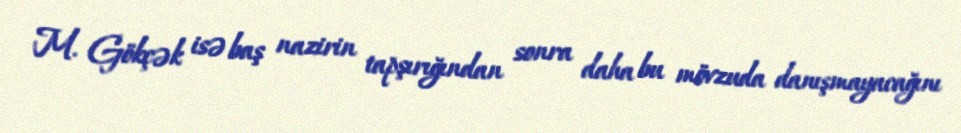
M. Gökçək isə baş nazirin tapşırığından sonra daha bu mövzuda danışmayacağını